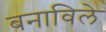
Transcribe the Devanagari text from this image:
बनाविले